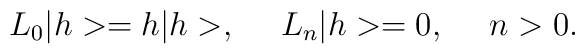
L_0|h>=h|h>, \ \ \ \  L_n|h>=0, \ \ \ \ n>0.